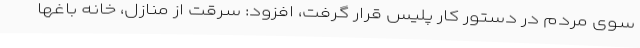
سوی مردم در دستور کار پلیس قرار گرفت، افزود: سرقت از منازل، خانه باغها